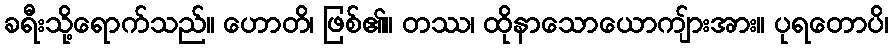
ခရီးသို့ရောက်သည်။ ဟောတိ၊ ဖြစ်၏။ တဿ၊ ထိုနာသောယောကျ်ားအား။ ပုရတောပိ၊